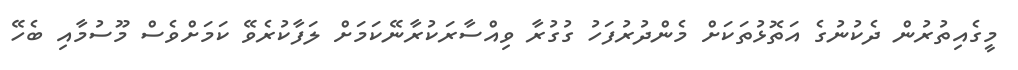
މީގެއިތުރުން ދެކުނުގެ އަތޮޅުތަކަށް މެންދުރުފަހު ގުގުރާ ވިއްސާރަކުރާނޭކަމަށް ލަފާކުރެވޭ ކަމަށްވެސް މޫސުމާއި ބެހޭ